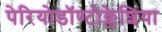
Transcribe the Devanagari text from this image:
पेरियोडॉण्टोक्लेशिया